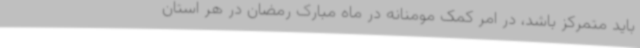
باید متمرکز باشد، در امر کمک مومنانه در ماه مبارک رمضان در هر استان